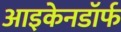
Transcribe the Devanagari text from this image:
आइकेनडॉर्फ